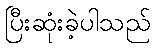
ပြီးဆုံးခဲ့ပါသည်